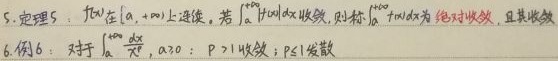
5. 定理 5：$f(x)$在$[a, +\infty)$上连续，若$\int_{a}^{+\infty}|f(x)|dx$收敛，则称$\int_{a}^{+\infty}f(x)dx$为绝对收敛，且其收敛。
6. 例 6：对于$\int_{a}^{+\infty}\frac{dx}{x^{p}}$，$a > 0$：$p > 1$收敛；$p \leq 1$发散。